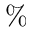
\%